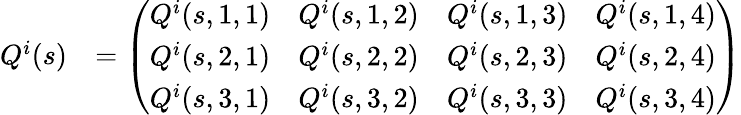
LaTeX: \begin{array}{rl}{Q^{i}(s)}&{=\left(\begin{array}{llll}{Q^{i}(s,1,1)}&{Q^{i}(s,1,2)}&{Q^{i}(s,1,3)}&{Q^{i}(s,1,4)}\\ {Q^{i}(s,2,1)}&{Q^{i}(s,2,2)}&{Q^{i}(s,2,3)}&{Q^{i}(s,2,4)}\\ {Q^{i}(s,3,1)}&{Q^{i}(s,3,2)}&{Q^{i}(s,3,3)}&{Q^{i}(s,3,4)}\end{array}\right)}\end{array}